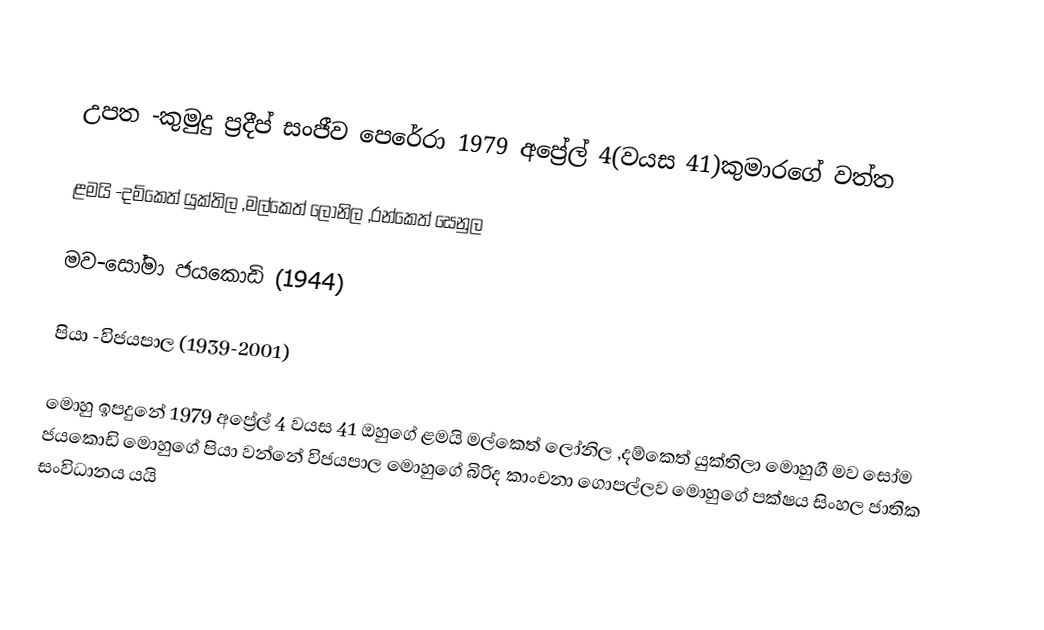

උපත -කුමුදු ප්‍රදීප් සංජීව පෙරේරා 1979 අප්‍රේල් 4(වයස 41)කුමාරගේ වත්ත

ළමයි -දම්කෙත් යුක්තිල ,මල්කෙත් ලෝනිල ,රන්කෙත් සෙනුල

මව-සෝමා ජයකොඩි (1944)

පියා -විජයපාල (1939-2001)

මොහු ඉපදුනේ 1979  අප්‍රේල් 4 වයස 41 ඔහුගේ ළමයි මල්කෙත් ලෝනිල ,දම්කෙත් යුක්තිලා මොහුගී මව සෝම ජයකොඩි මොහුගේ පියා වන්නේ විජයපාල මොහුගේ බිරිද කාංචනා ගොපල්ලව මොහුගේ පක්ෂය සිංහල ජාතික සංවිධානය යයි